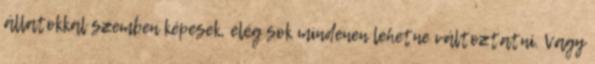
állatokkal szemben képesek, elég sok mindenen lehetne változtatni. Vagy